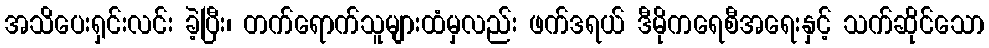
အသိပေးရှင်းလင်း ခဲ့ပြီး၊ တက်ရောက်သူများထံမှလည်း ဖက်ဒရယ် ဒီမိုကရေစီအရေးနှင့် သက်ဆိုင်သော